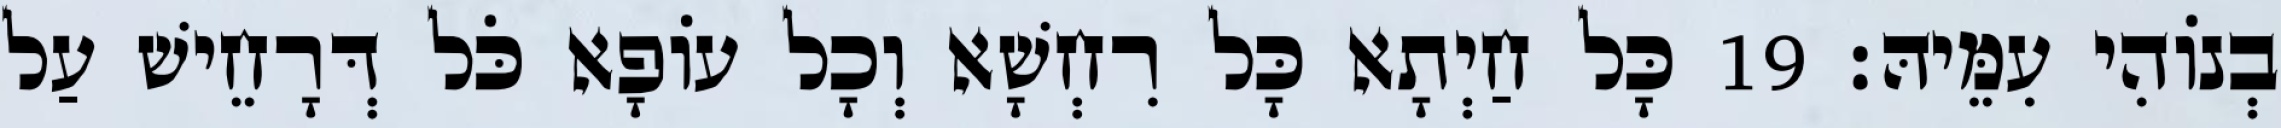
בְנוֹהִי עִמֵּיהּ׃ 19 כָּל חַיְתָא כָּל רִחְשָׁא וְכָל עוֹפָא כֹּל דְּרָחֵישׁ עַל